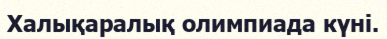
Халықаралық олимпиада күні.